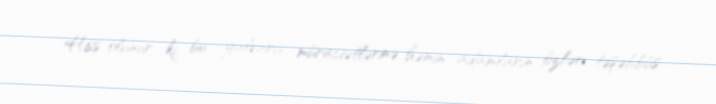
Hiss olunur ki, bu yalvarış müraciətlərinə həmin adamların özləri təşəbbüs